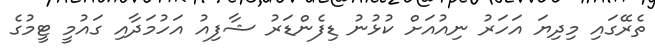
ތެރޭގައި މިދިޔަ އަހަރު ނިއުއަށް ކުޅުނު ޑިފެންޑަރު ޝާފިއު އަހުމަދާއި ގައުމީ ޓީމުގެ